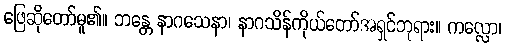
ဖြေဆိုတော်မူ၏။ ဘန္တေ နာဂသေနာ၊ နာဂသိန်ကိုယ်တော်အရှင်ဘုရား။ ကလ္လော၊